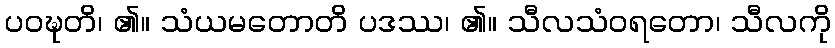
ပဝဍ္ဎတိ၊ ၏။ သံယမတောတိ ပဒဿ၊ ၏။ သီလသံဝရတော၊ သီလကို